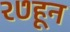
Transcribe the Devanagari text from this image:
२७हून